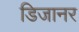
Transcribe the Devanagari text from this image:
डिजानर